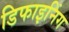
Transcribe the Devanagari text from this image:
डिफाइनिंग